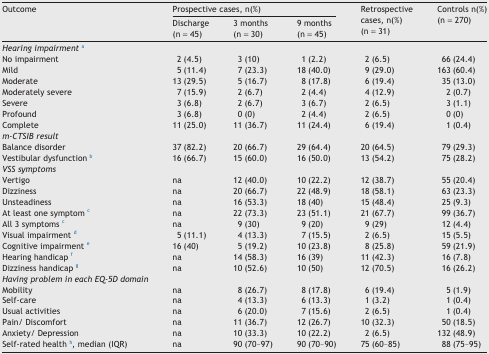
<table><thead><tr><td rowspan="2"><b>Outcome</b></td><td colspan="3"><b>Prospective cases, n(%)</b></td><td rowspan="2"><b>Retrospective cases, n(%)(n = 31)</b></td><td rowspan="2"><b>Controls n(%)(n = 270)</b></td></tr><tr><td><b>Discharge(n = 45)</b></td><td><b>3 months(n = 30)</b></td><td><b>9 months(n = 45)</b></td></tr></thead><tbody><tr><td><i>Hearing impairment</i>a</td><td></td><td></td><td></td><td></td><td></td></tr><tr><td>No impairment</td><td>2 (4.5)</td><td>3 (10)</td><td>1 (2.2)</td><td>2 (6.5)</td><td>66 (24.4)</td></tr><tr><td>Mild</td><td>5 (11.4)</td><td>7 (23.3)</td><td>18 (40.0)</td><td>9 (29.0)</td><td>163 (60.4)</td></tr><tr><td>Moderate</td><td>13 (29.5)</td><td>5 (16.7)</td><td>8 (17.8)</td><td>6 (19.4)</td><td>35 (13.0)</td></tr><tr><td>Moderately severe</td><td>7 (15.9)</td><td>2 (6.7)</td><td>2 (4.4)</td><td>4 (12.9)</td><td>2 (0.7)</td></tr><tr><td>Severe</td><td>3 (6.8)</td><td>2 (6.7)</td><td>3 (6.7)</td><td>2 (6.5)</td><td>3 (1.1)</td></tr><tr><td>Profound</td><td>3 (6.8)</td><td>0 (0)</td><td>2 (4.4)</td><td>2 (6.5)</td><td>0 (0)</td></tr><tr><td>Complete</td><td>11 (25.0)</td><td>11 (36.7)</td><td>11 (24.4)</td><td>6 (19.4)</td><td>1 (0.4)</td></tr><tr><td><i>m-CTSIB result</i></td><td></td><td></td><td></td><td></td><td></td></tr><tr><td>Balance disorder</td><td>37 (82.2)</td><td>20 (66.7)</td><td>29 (64.4)</td><td>20 (64.5)</td><td>79 (29.3)</td></tr><tr><td>Vestibular dysfunction b</td><td>16 (66.7)</td><td>15 (60.0)</td><td>16 (50.0)</td><td>13 (54.2)</td><td>75 (28.2)</td></tr><tr><td><i>VSS symptoms</i></td><td></td><td></td><td></td><td></td><td></td></tr><tr><td>Vertigo</td><td>na</td><td>12 (40.0)</td><td>10 (22.2)</td><td>12 (38.7)</td><td>55 (20.4)</td></tr><tr><td>Dizziness</td><td>na</td><td>20 (66.7)</td><td>22 (48.9)</td><td>18 (58.1)</td><td>63 (23.3)</td></tr><tr><td>Unsteadiness</td><td>na</td><td>16 (53.3)</td><td>18 (40)</td><td>15 (48.4)</td><td>25 (9.3)</td></tr><tr><td>At least one symptom c</td><td>na</td><td>22 (73.3)</td><td>23 (51.1)</td><td>21 (67.7)</td><td>99 (36.7)</td></tr><tr><td>All 3 symptoms c</td><td>na</td><td>9 (30)</td><td>9 (20)</td><td>9 (29)</td><td>12 (4.4)</td></tr><tr><td>Visual impairment d</td><td>5 (11.1)</td><td>4 (13.3)</td><td>7 (15.5)</td><td>2 (6.5)</td><td>15 (5.5)</td></tr><tr><td>Cognitive impairment e</td><td>16 (40)</td><td>5 (19.2)</td><td>10 (23.8)</td><td>8 (25.8)</td><td>59 (21.9)</td></tr><tr><td>Hearing handicap f</td><td>na</td><td>14 (58.3)</td><td>16 (39)</td><td>11 (42.3)</td><td>16 (7.8)</td></tr><tr><td>Dizziness handicap g</td><td>na</td><td>10 (52.6)</td><td>10 (50)</td><td>12 (70.5)</td><td>16 (26.2)</td></tr><tr><td><i>Having problem in each EQ-5D domain</i></td><td></td><td></td><td></td><td></td><td></td></tr><tr><td>Mobility</td><td>na</td><td>8 (26.7)</td><td>8 (17.8)</td><td>6 (19.4)</td><td>5 (1.9)</td></tr><tr><td>Self-care</td><td>na</td><td>4 (13.3)</td><td>6 (13.3)</td><td>1 (3.2)</td><td>1 (0.4)</td></tr><tr><td>Usual activities</td><td>na</td><td>6 (20.0)</td><td>7 (15.6)</td><td>2 (6.5)</td><td>1 (0.4)</td></tr><tr><td>Pain/ Discomfort</td><td>na</td><td>11 (36.7)</td><td>12 (26.7)</td><td>10 (32.3)</td><td>50 (18.5)</td></tr><tr><td>Anxiety/ Depression</td><td>na</td><td>10 (33.3)</td><td>10 (22.2)</td><td>2 (6.5)</td><td>132 (48.9)</td></tr><tr><td>Self-rated health h, median (IQR)</td><td>na</td><td>90 (70–97)</td><td>90 (70–90)</td><td>75 (60–85)</td><td>88 (75–95)</td></tr></tbody></table>